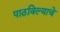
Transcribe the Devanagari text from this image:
पाठविल्याचे